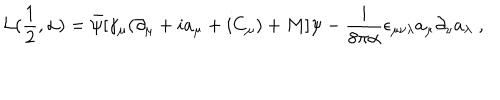
{ \cal L } ( \frac { 1 } { 2 } , \alpha ) = \bar { \psi } [ \gamma _ { \mu } ( \partial _ { \mu } + i a _ { \mu } + i C _ { \mu } ) + M ] \psi - \frac { i } { 8 \pi \alpha } \epsilon _ { \mu \nu \lambda } a _ { \mu } \partial _ { \nu } a _ { \lambda } \; ,